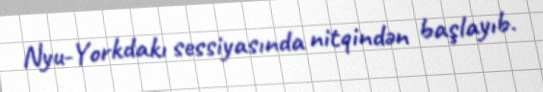
Nyu-Yorkdakı sessiyasında nitqindən başlayıb.